Indian journal of veterinary science and animal husbandry - Volumes 18-21, 1948-1951
Year: 1948
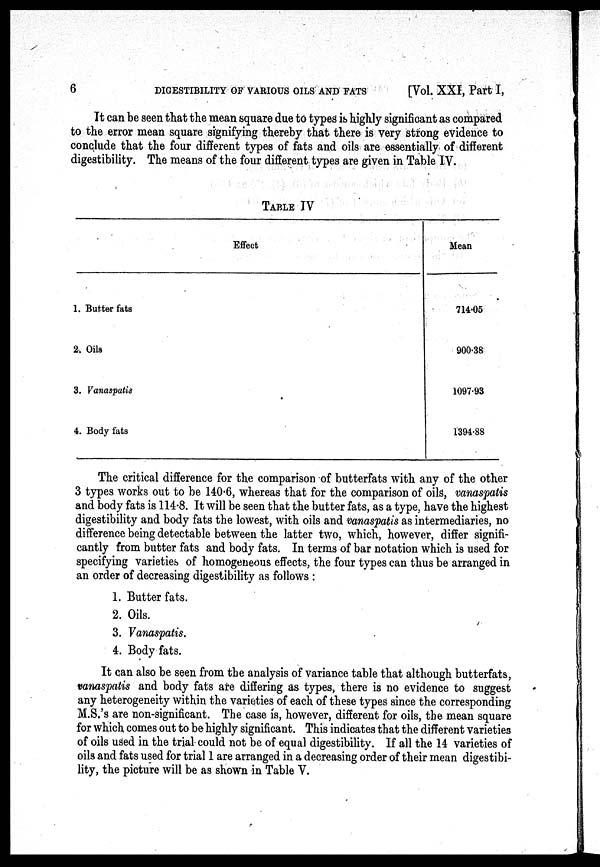
6
DIGESTIBILITY OF VARIOUS OILS AND
FATS
[Vol. XXI, Part I,
It can be seen that the mean square due to types is highly significant as compared
to the error mean square signifying thereby that there is very strong evidence to
conclude that the four different types of fats and oils are essentially of different
digestibility. The means of the four different types are given in Table IV.
TABLE IV
Effect
1. Butter fats
2. Oils
3. Vanaspatis
4. Body fats
Mean
714.05
900.38
1097.93
1394.88
The critical difference for the comparison of butterfats with any of the other
3 types works out to be 140.6, whereas that for the comparison of oils, vanaspatis
and body fats is 114.8. It will be seen that the butter fats, as a type, have the highest
digestibility and body fats the lowest, with oils and vanaspatis as intermediaries, no
difference being detectable between the latter two, which, however, differ signifi-
cantly from butter fats and body fats. In terms of bar notation which is used for
specifying varieties of homogeneous effects, the four types can thus be arranged in
an order of decreasing digestibility as follows :
1. Butter fats.
2. Oils.
3. Vanaspatis.
4. Body fats.
It can also be seen from the analysis of variance table that although butterfats,
vanaspatis and body fats are differing as types, there is no evidence to suggest
any heterogeneity within the varieties of each of these types since the corresponding
M.S.'s are non-significant. The case is, however, different for oils, the mean square
for which comes out to be highly significant. This indicates that the different varieties
of oils used in the trial could not be of equal digestibility. If all the 14 varieties of
oils and fats used for trial 1 are arranged in a decreasing order of their mean digestibi-
lity, the picture will be as shown in Table V.